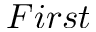
F i r s t